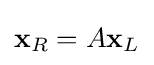
\mathbf {x} _{R}=A\mathbf {x} _{L}